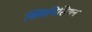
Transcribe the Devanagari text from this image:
क्लिनिसियन